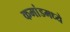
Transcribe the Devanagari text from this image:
कमांडमध्ये